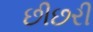
છીછરી